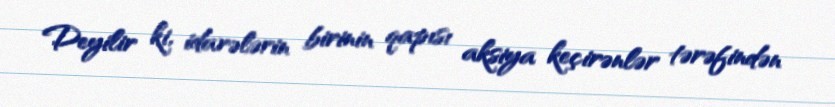
Deyilir ki, idarələrin birinin qapısı aksiya keçirənlər tərəfindən